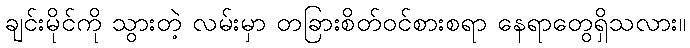
ချင်းမိုင်ကို သွားတဲ့ လမ်းမှာ တခြားစိတ်ဝင်စားစရာ နေရာတွေရှိသလား။